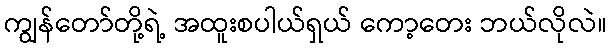
ကျွန်တော်တို့ရဲ့ အထူးစပါယ်ရှယ် ကော့တေး ဘယ်လိုလဲ။